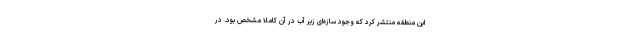
این منطقه منتشر کرد که وجود سازه‌ای زیر آب در آن کاملا مشخص بود. در